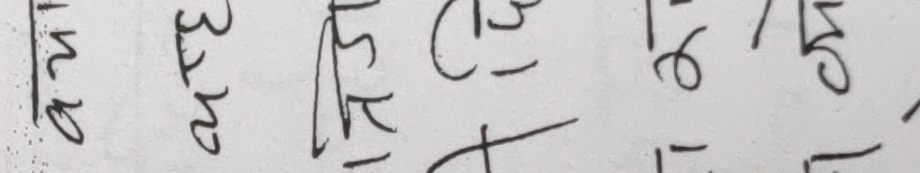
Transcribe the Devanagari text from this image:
२/० ३/म र/क ८/- १/६ १/५